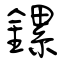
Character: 鏍